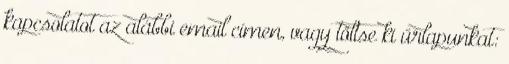
kapcsolatot az alábbi email címen, vagy töltse ki űrlapunkat: